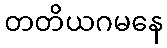
တတိယဂမနေ